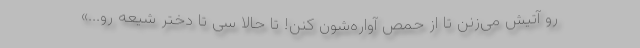
رو آتیش می‌زنن تا از حمص آواره‌شون کنن! تا حالا سی تا دختر شیعه رو...»